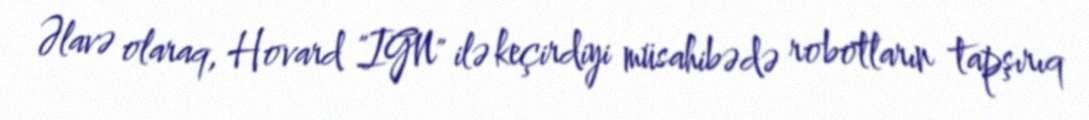
Əlavə olaraq, Hovard "IGN" ilə keçirdiyi müsahibədə robotların tapşırıq